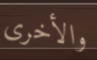
والأخرى